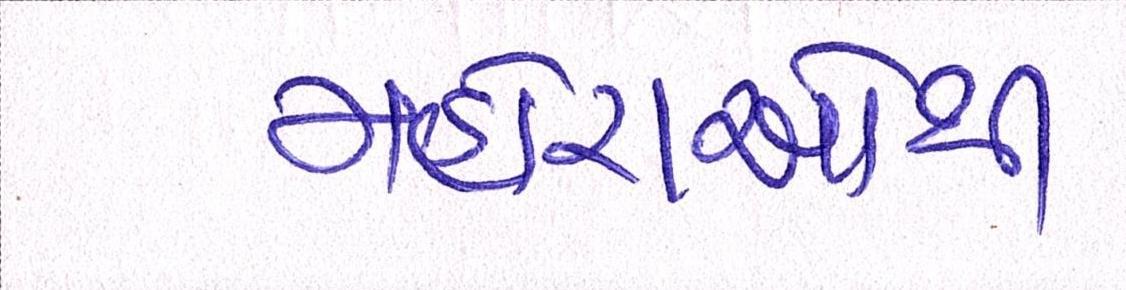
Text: મહોરાઓની